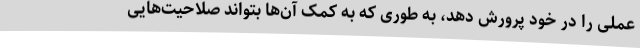
عملی را در خود پرورش دهد، به طوری که به کمک آن‌ها بتواند صلاحیت‌هایی